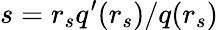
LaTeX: s=r_{s}q^{\prime}(r_{s})/q(r_{s})